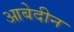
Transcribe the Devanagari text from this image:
आबेदीन